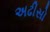
અઢીસો